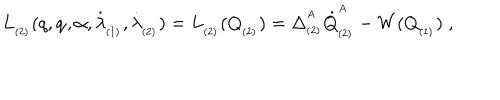
L _ { _ { ( 2 ) } } ( q , \dot { q } , \alpha , \dot { \lambda } _ { _ { ( 1 ) } } , \dot { \lambda } _ { _ { ( 2 ) } } ) = L _ { _ { ( 2 ) } } ( Q _ { _ { ( 2 ) } } ) = \Delta _ { _ { ( 2 ) } } ^ { ^ A } \dot { Q } _ { _ { ( 2 ) } } ^ { ^ A } - W ( Q _ { _ { ( 1 ) } } ) \; ,